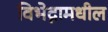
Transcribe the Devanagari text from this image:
विभेद्नामधील